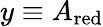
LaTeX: y\equiv A_{\mathrm{red}}